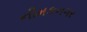
નીમકનગર